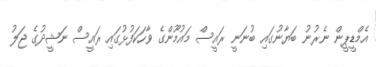
އެމްޑީޕީން ނެރުނު ބަޔާނުގައި ބުނަނީ ރައީސް މައުމޫންގެ ވާހަކަފުޅުގައި ރައީސް ނަޝީދުގެ ޖަލު